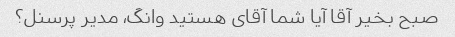
صبح بخیر آقا آیا شما آقای هستید وانگ، مدیر پرسنل؟